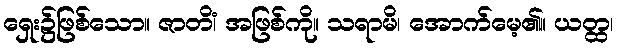
ရှေး၌ဖြစ်သော။ ဇာတိံ၊ အဖြစ်ကို။ သရာမိ၊ အောက်မေ့၏။ ယတ္ထ၊